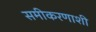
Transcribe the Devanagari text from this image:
समीकरणाशी